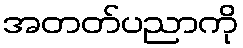
အတတ်ပညာကို